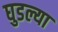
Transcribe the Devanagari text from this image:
घुडल्या